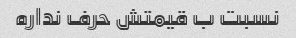
نسبت ب قیمتش حرف نداره